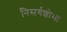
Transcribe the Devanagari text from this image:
निसर्गशोभा